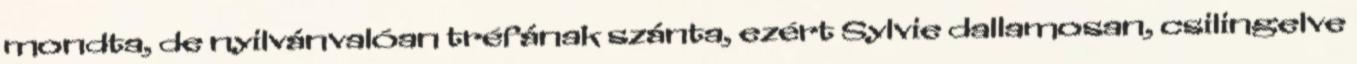
mondta, de nyilvánvalóan tréfának szánta, ezért Sylvie dallamosan, csilingelve